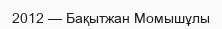
2012 — Бақытжан Момышұлы